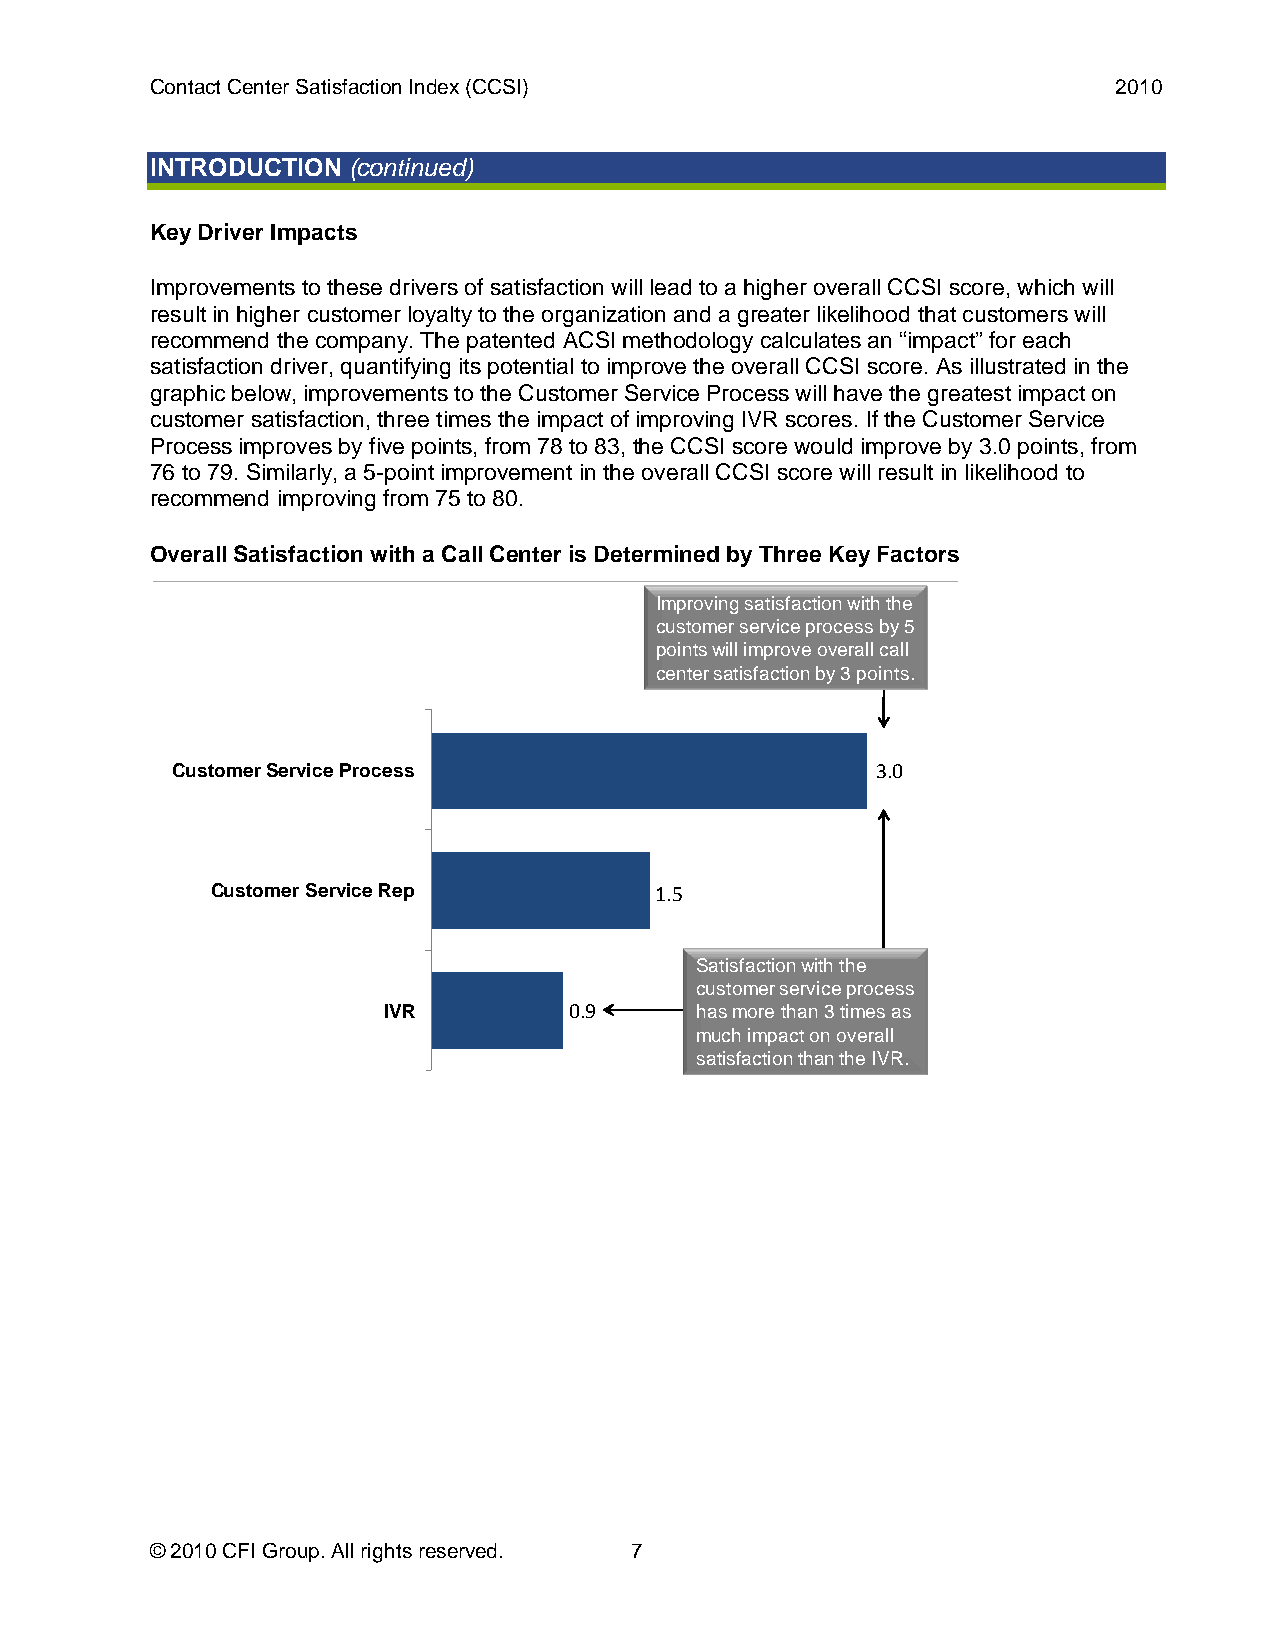
Contact Center Satisfaction Index (CCSI)                        2010
 INTRODUCTION (continued)
 Key Driver Impacts
 Improvements to these drivers of satisfaction will lead to a higher overall CCSI score, which will
 result in higher customer loyalty to the organization and a greater likelihood that customers will
 recommend the company. The patented ACSI methodology calculates an “impact” for each
 satisfaction driver, quantifying its potential to improve the overall CCSI score. As illustrated in the
 graphic below, improvements to the Customer Service Process will have the greatest impact on
 customer satisfaction, three times the impact of improving IVR scores. If the Customer Service
 Process improves by five points, from 78 to 83, the CCSI score would improve by 3.0 points, from
 76 to 79. Similarly, a 5-point improvement in the overall CCSI score will result in likelihood to
 recommend improving from 75 to 80.
 Overall Satisfaction with a Call Center is Determined by Three Key Factors
 Improving satisfaction with the
 customer service process by5
 points will improve overall call
 center satisfaction by 3 points.
 Customer Service Process                       3.0
 Customer Service Rep         1.5
 Satisfaction with the
 customer service process
 IVR          0.9     has more than 3 times as
 much impact on overall
 satisfaction than the IVR.
 © 2010 CFI Group. All rights reserved. 7